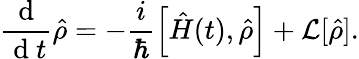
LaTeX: \frac{\mathrm{~d~}}{\mathrm{~d~}t}\hat{\rho}=-\frac{i}{\hbar}\left[\hat{H}(t),\hat{\rho}\right]+\mathcal{L}[\hat{\rho}].